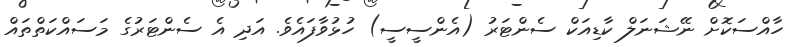
ހާއްސަކޮށް ނޭޝަނަލް ކާޑިއަކް ސެންޓަރު (އެންސީސީ) ހުޅުވާފައެވެ. އަދި އެ ސެންޓަރުގެ މަސައްކަތްތައް